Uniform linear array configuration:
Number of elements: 4
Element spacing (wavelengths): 0.25
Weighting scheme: hamming
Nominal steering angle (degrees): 0
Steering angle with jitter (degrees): -1.407
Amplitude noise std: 0.05
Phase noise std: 0.05

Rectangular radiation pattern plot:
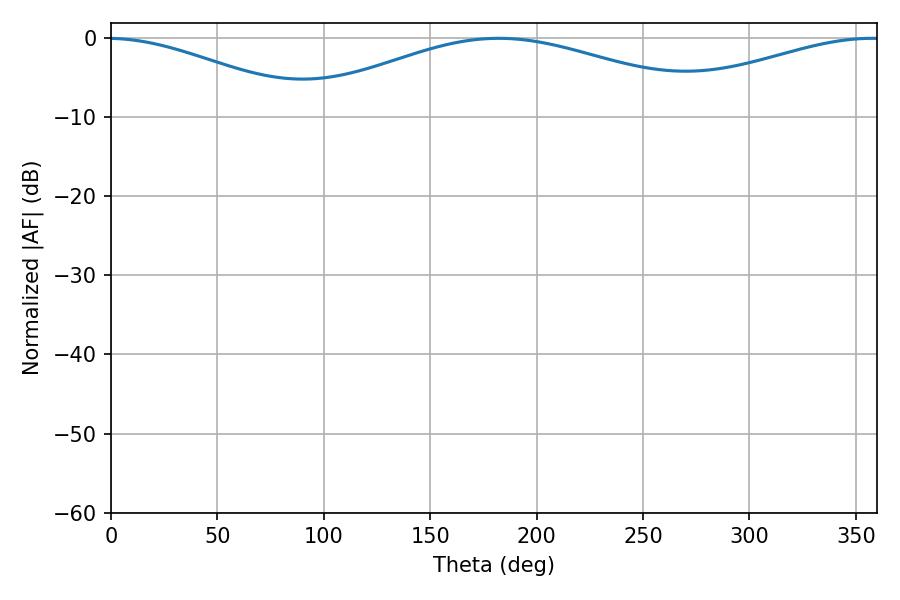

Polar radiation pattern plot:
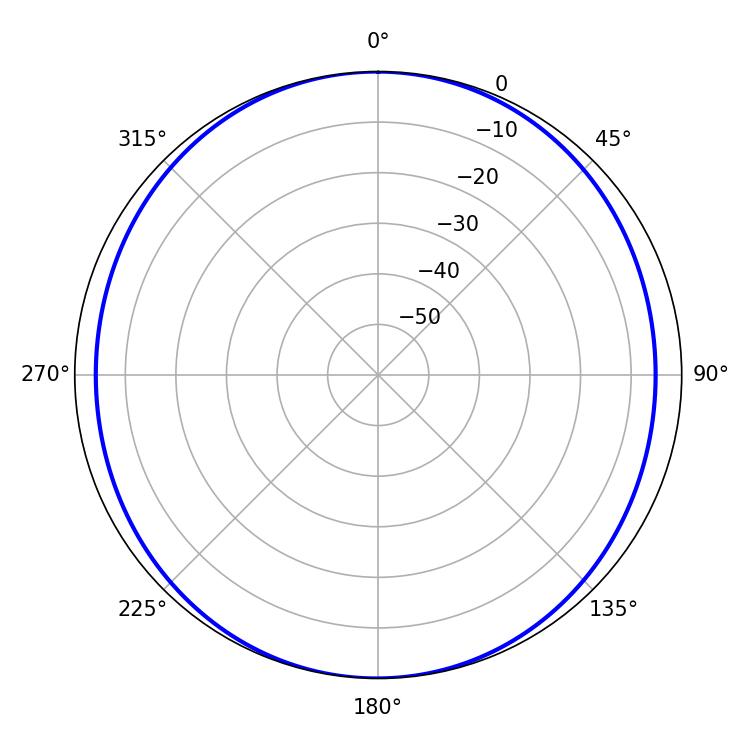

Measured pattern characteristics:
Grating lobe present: FALSE
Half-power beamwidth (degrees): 108.72
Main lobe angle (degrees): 182.16